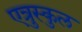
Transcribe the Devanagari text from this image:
एत्रुस्कुल